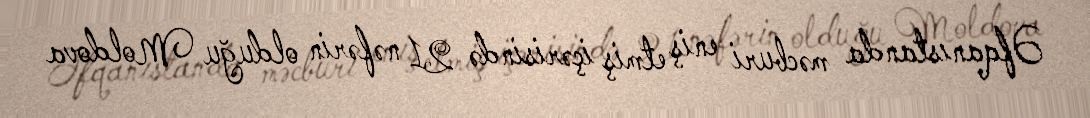
Əfqanıstanda məcburi eniş etmiş içərisində 21 nəfərin olduğu Moldova